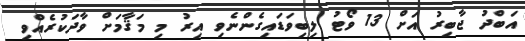
އަބްދު ޖާބިރު އަށް 13 ވޯޓު ލިބިވަޑައިގެންނެވި އިރު މި މަޤާމަށް ވާދަކުރެއްވި